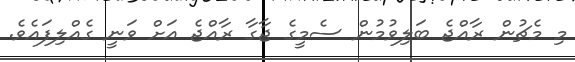
މި މެޗުން ރާއްޖެ ބަލިވުމުން ސެމީގެ ޖާގާ ރާއްޖެ އަށް ވަނީ ގެއްލިފައެވެ.